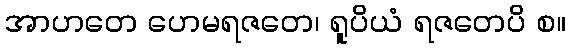
အာဟတေ ဟေမရဇတေ၊ ရူပိယံ ရဇတေပိ စ။